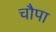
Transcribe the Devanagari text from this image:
चौपा